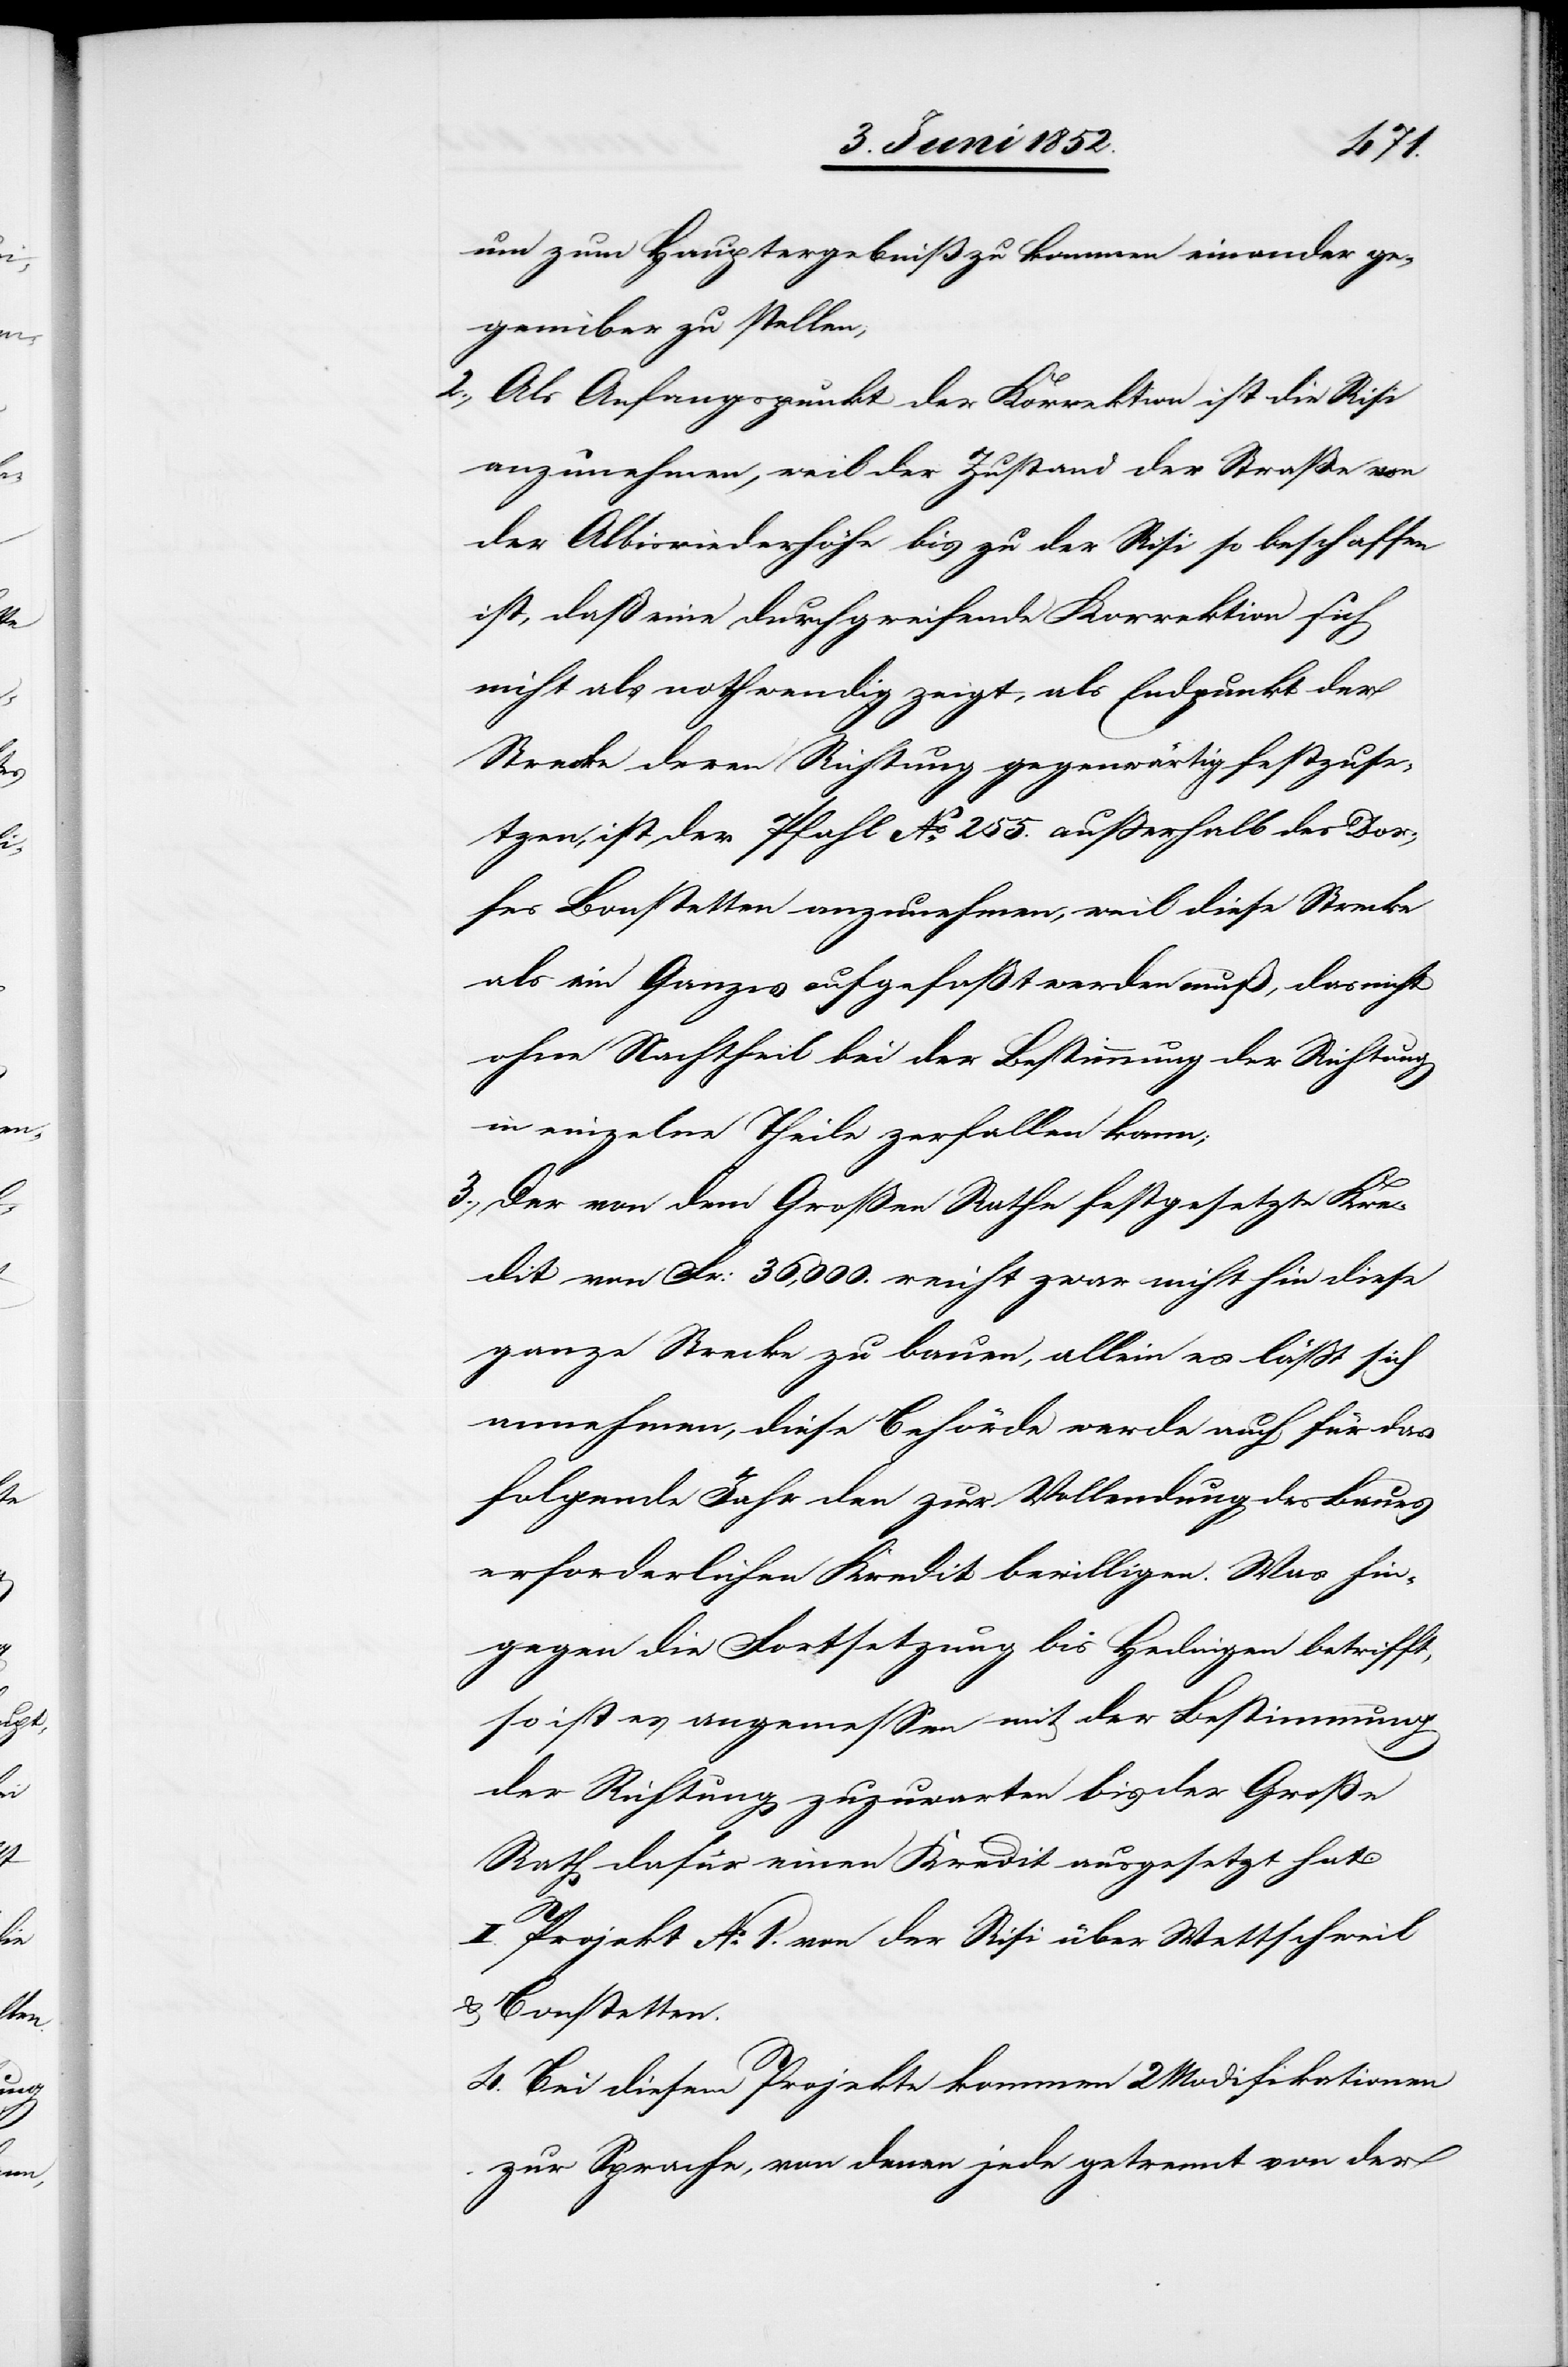
4.
um zum Hauptergebniß zu kommen einander ge¬
genüber zu stellen,
Als Anfangspunkt der Korrektion ist die Risi
anzunehmen, weil der Zustand der Straße von
der Albisriederhöhe bis zu der Risi so beschaffen
ist, daß eine durchgreifende Korrektion sich
nicht als nothwendig zeigt, als Endpunkt der
Strecke deren Richtung gegenwärtig festzuse¬
tzen, ist der Pfahl No. 255. ausserhalb des Dor¬
fes Bonstetten anzunehmen, weil diese Strecke
als ein Ganzes aufgefasst werden muß, das nicht
ohne Nachtheil bei der Bestimmung der Richtung
in einzelne Theile zerfallen kann;
Der von dem Großen Rathe festgesetzte Kre¬
dit von Fr: 36,000. reicht zwar nicht hin diese
ganze Strecke zu bauen, allein es lässt sich
annehmen, diese Behörde werde auch für das
folgende Jahr den zur Vollendung des Baues
erforderlichen Kredit bewilligen. Was hin¬
gegen die Fortsetzung bis Hedingen betrifft,
so ist es angemessen mit der Bestimmung
der Richtung zuzuwarten bis der Große
Rath dafür einen Kredit ausgesetzt hat.
I. Projekt No. 1. von der Risi über Wettschweil
& Bonstetten.
Bei diesem Projekte kommen 2 Modifikationen
zur Sprache, von denen jede getrennt von der